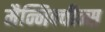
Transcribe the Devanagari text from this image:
मैन्निक्वीन्स